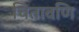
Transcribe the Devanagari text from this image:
चितावणि